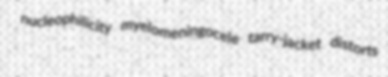
nucleophilicity myelomeningocele tarry-jacket distorts